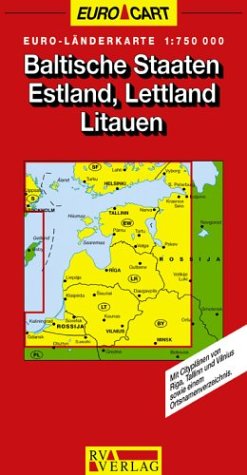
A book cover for Baltic States (GeoCenter Euro Map); Travel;